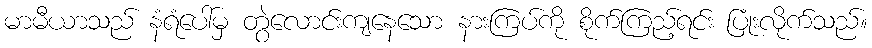
မာမီယာသည် နံရံပေါ်မှ တွဲလောင်းကျနေသော နားကြပ်ကို စိုက်ကြည့်ရင်း ပြုံးလိုက်သည်။